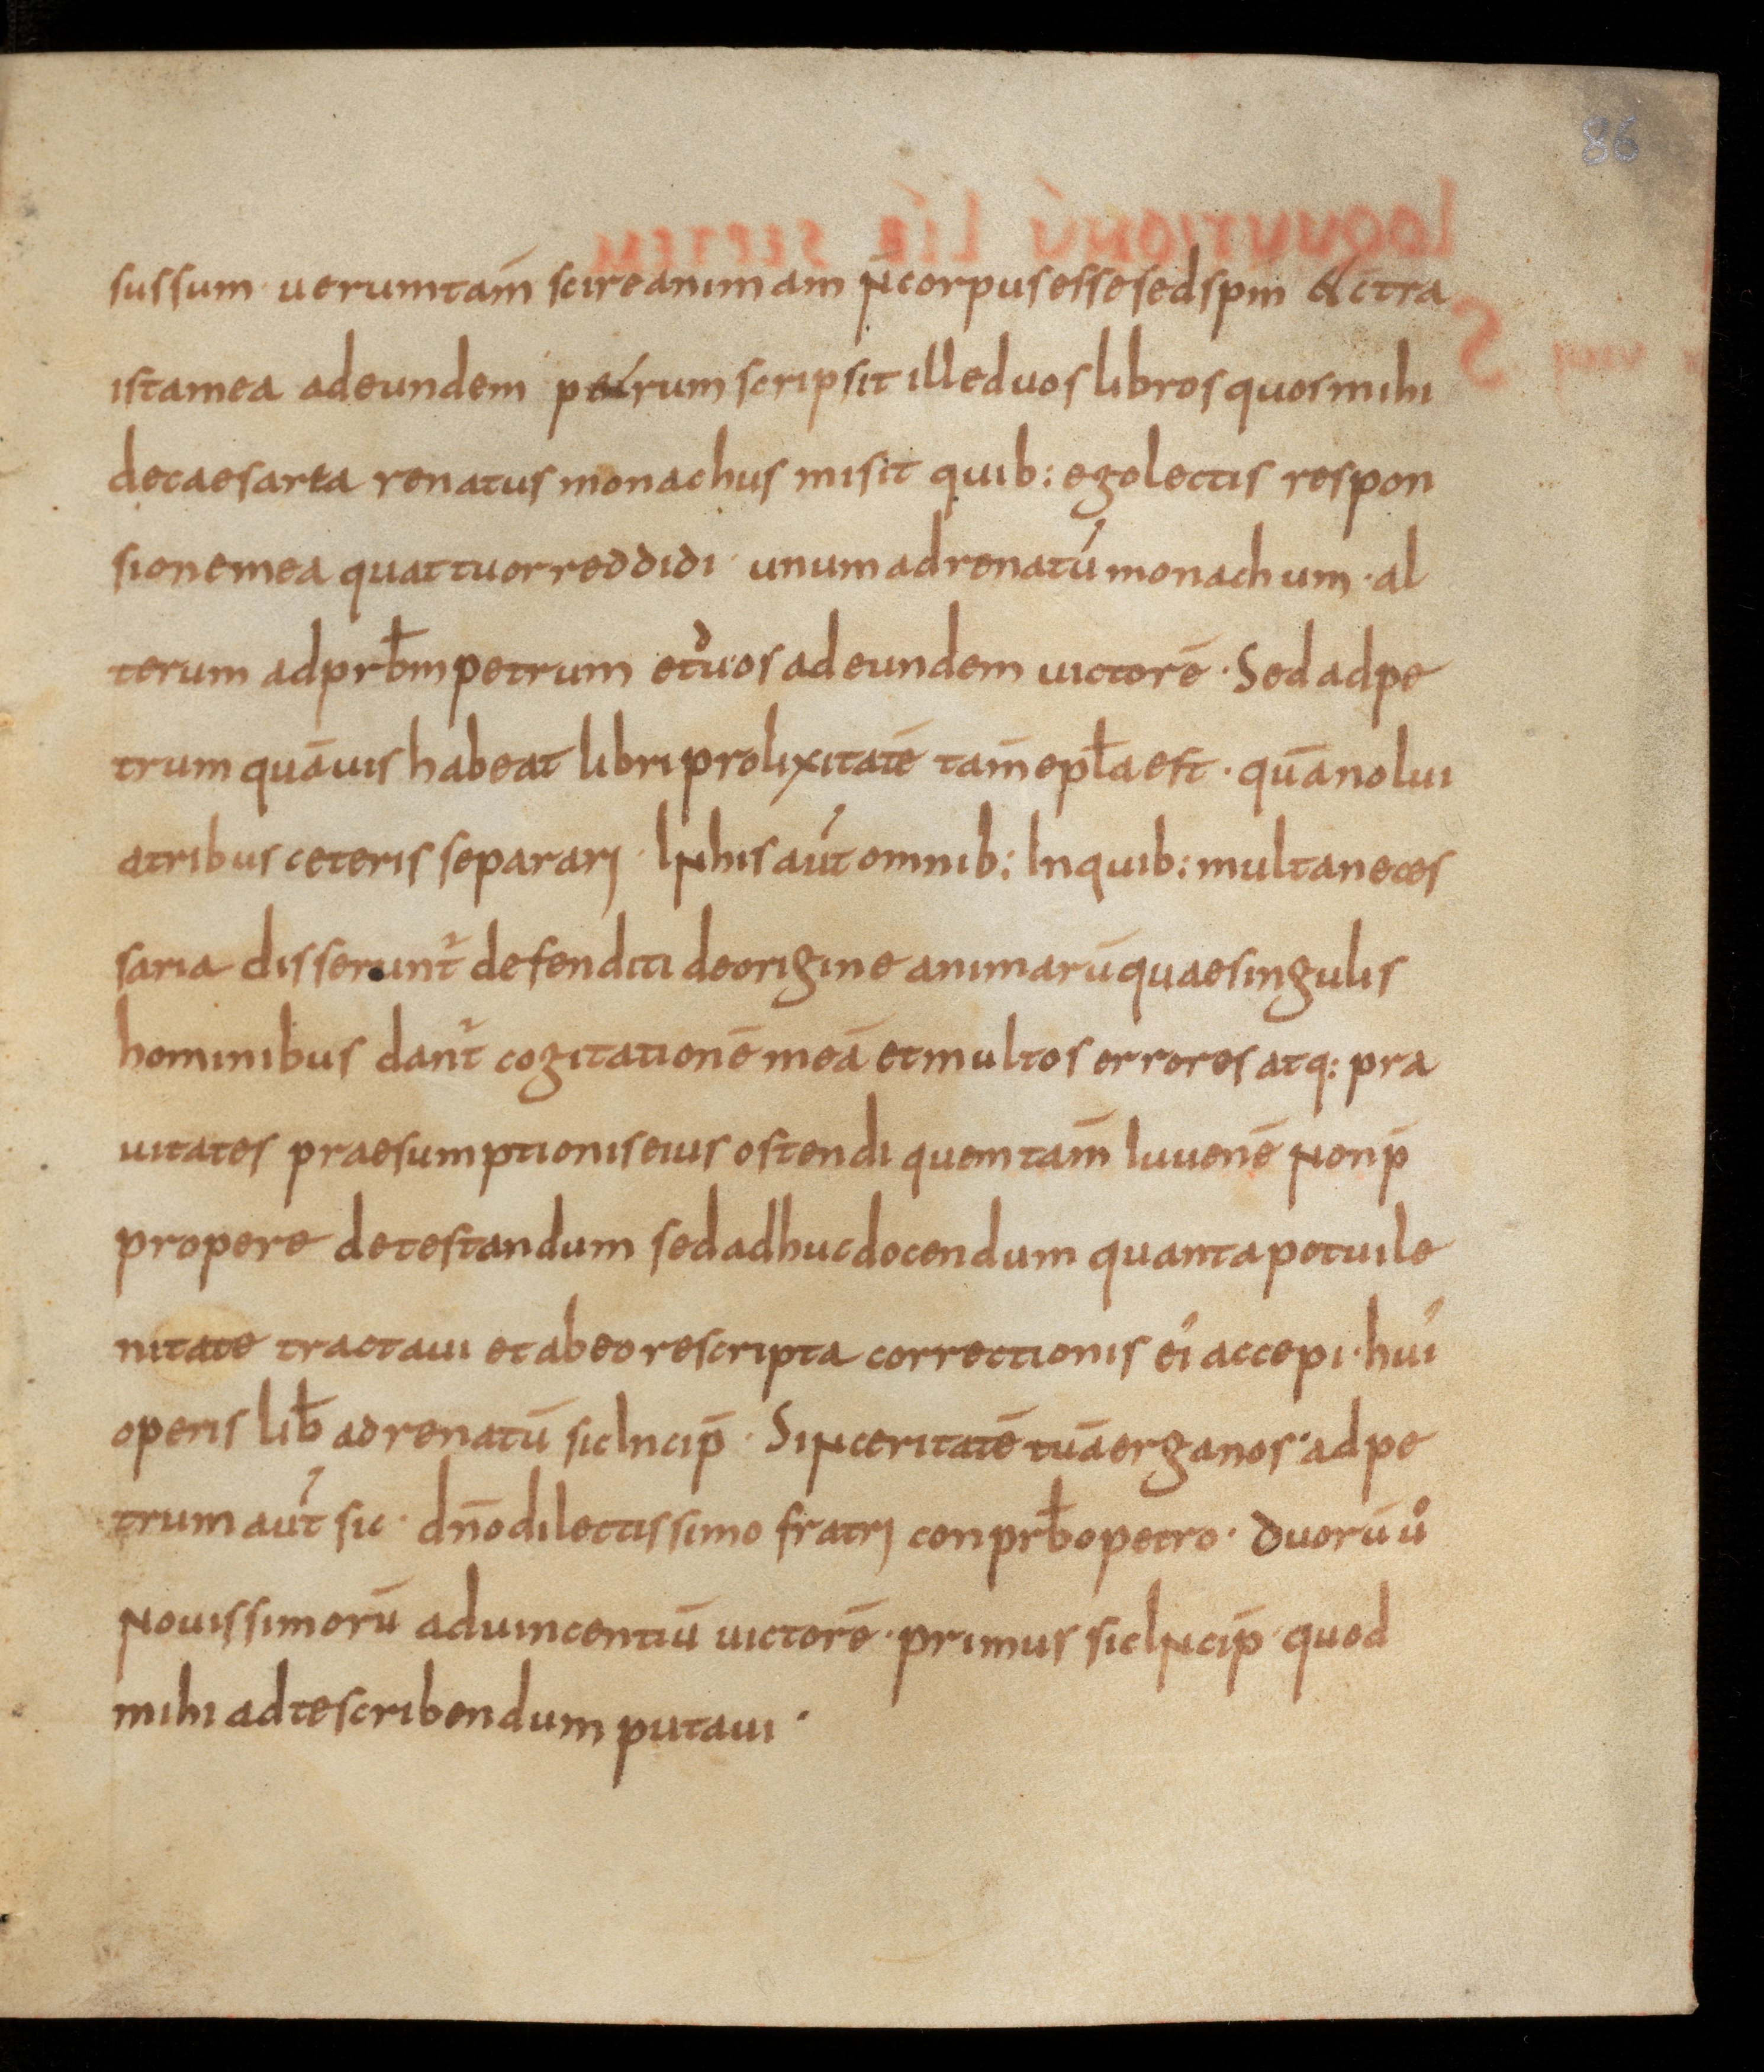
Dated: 850–899